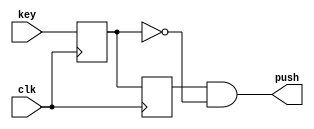
`timescale 1ns / 1ps

//============= PUSH KEY ===================

module push_key
(
    input clk,
    input key,
    output push
);

reg key_sync, key_prev;

always @(posedge clk)
begin
    key_sync <= key;
    key_prev <= key_sync;
end

assign push = key_prev & ~key_sync;

endmodule


//=============== LEDS ==================

module led2seq 
(
    input [7:0] num,
    output [7:0] seq
);

assign seq = {num[0], num[1], num[2], num[3], num[4], num[5], num[6], num[7]};   //num == 4'h0  ? 8'b0000000 :
                //num == 4'h1  ? 8'b1000000 :
                //num == 4'h2  ? 8'b1100000 :
                //num == 4'h3  ? 8'b1110000 :
                //num == 4'h4  ? 8'b1111000 :
                //num == 4'h5  ? 8'b1111100 :
                //num == 4'h6  ? 8'b1111110 : 8'b1111111;


endmodule


//============== BIT MOVIE ==================

module task3
(
    input  clk,
    input  key1, 
    input  key2, 
    input  key3,
    input  switch0,
    input  switch1,
    output [7:0] seq
);

//=============== ADD LOGIC ================

//Key push logic
wire key_push1;
wire key_push2;
wire key_push3;

//tasknumber
reg [7:0] tasknumber = 8'h0;

//============ INCLUDE MODULES ================

//Buttons
push_key push_key_in1(
    .clk(clk),
    .key(key1),
    .push(key_push1)
);

push_key push_key_in2(
    .clk(clk),
    .key(key2),
    .push(key_push2)
);

push_key push_key_in3(
    .clk(clk),
    .key(key3),
    .push(key_push3)
);

//LEDs
led2seq led2seq_in(
    .num(tasknumber),
    .seq(seq)
);

//noji

//============== MAIN TASK =================

always @(posedge clk)
begin

if (key_push1) tasknumber <= 8'b00000000;
else if (key_push2 & key1) begin 
    tasknumber <= { (tasknumber[6:0] ), switch0 };
end
else if (key_push3 & key1) begin 
    tasknumber <= {switch1, (tasknumber[7:1])};
end

end

endmodule